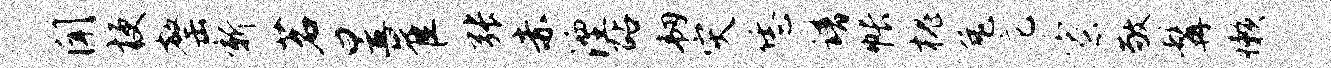
闻梗罄新茗昱崔张赤湮砧韧灾恁谱帐槐兔庀寮敬髯懒